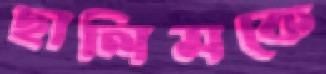
ছালিমকে